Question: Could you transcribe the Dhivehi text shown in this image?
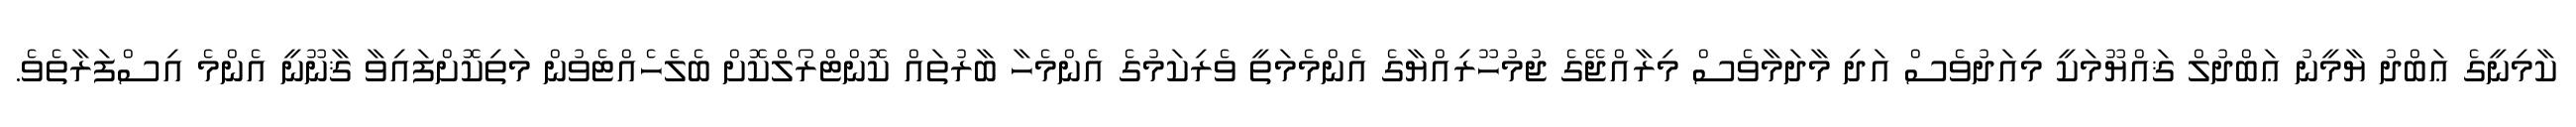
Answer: ކާމިނީގެ ޢަބްދު ޔާމީނު ޢަބްދުލް ޤައްޔޫމަކީ މިއަދުވެސް އަދި މާދަމާވެސް މިރާއްޖޭގެ ޖުމުހޫރިއްޔާގެ އެންމެމަތީ ވެރިކަމުގެ އެންމެހާ ބާރުތައް ކޮންޓްރޯލްކޮށް ބެލެހެއްޓެވުން މަތިކޮށްފައިވާ ޤާނޫނީ އެންމެ އިސްފަރާތެވެ.